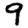
Digit: 9